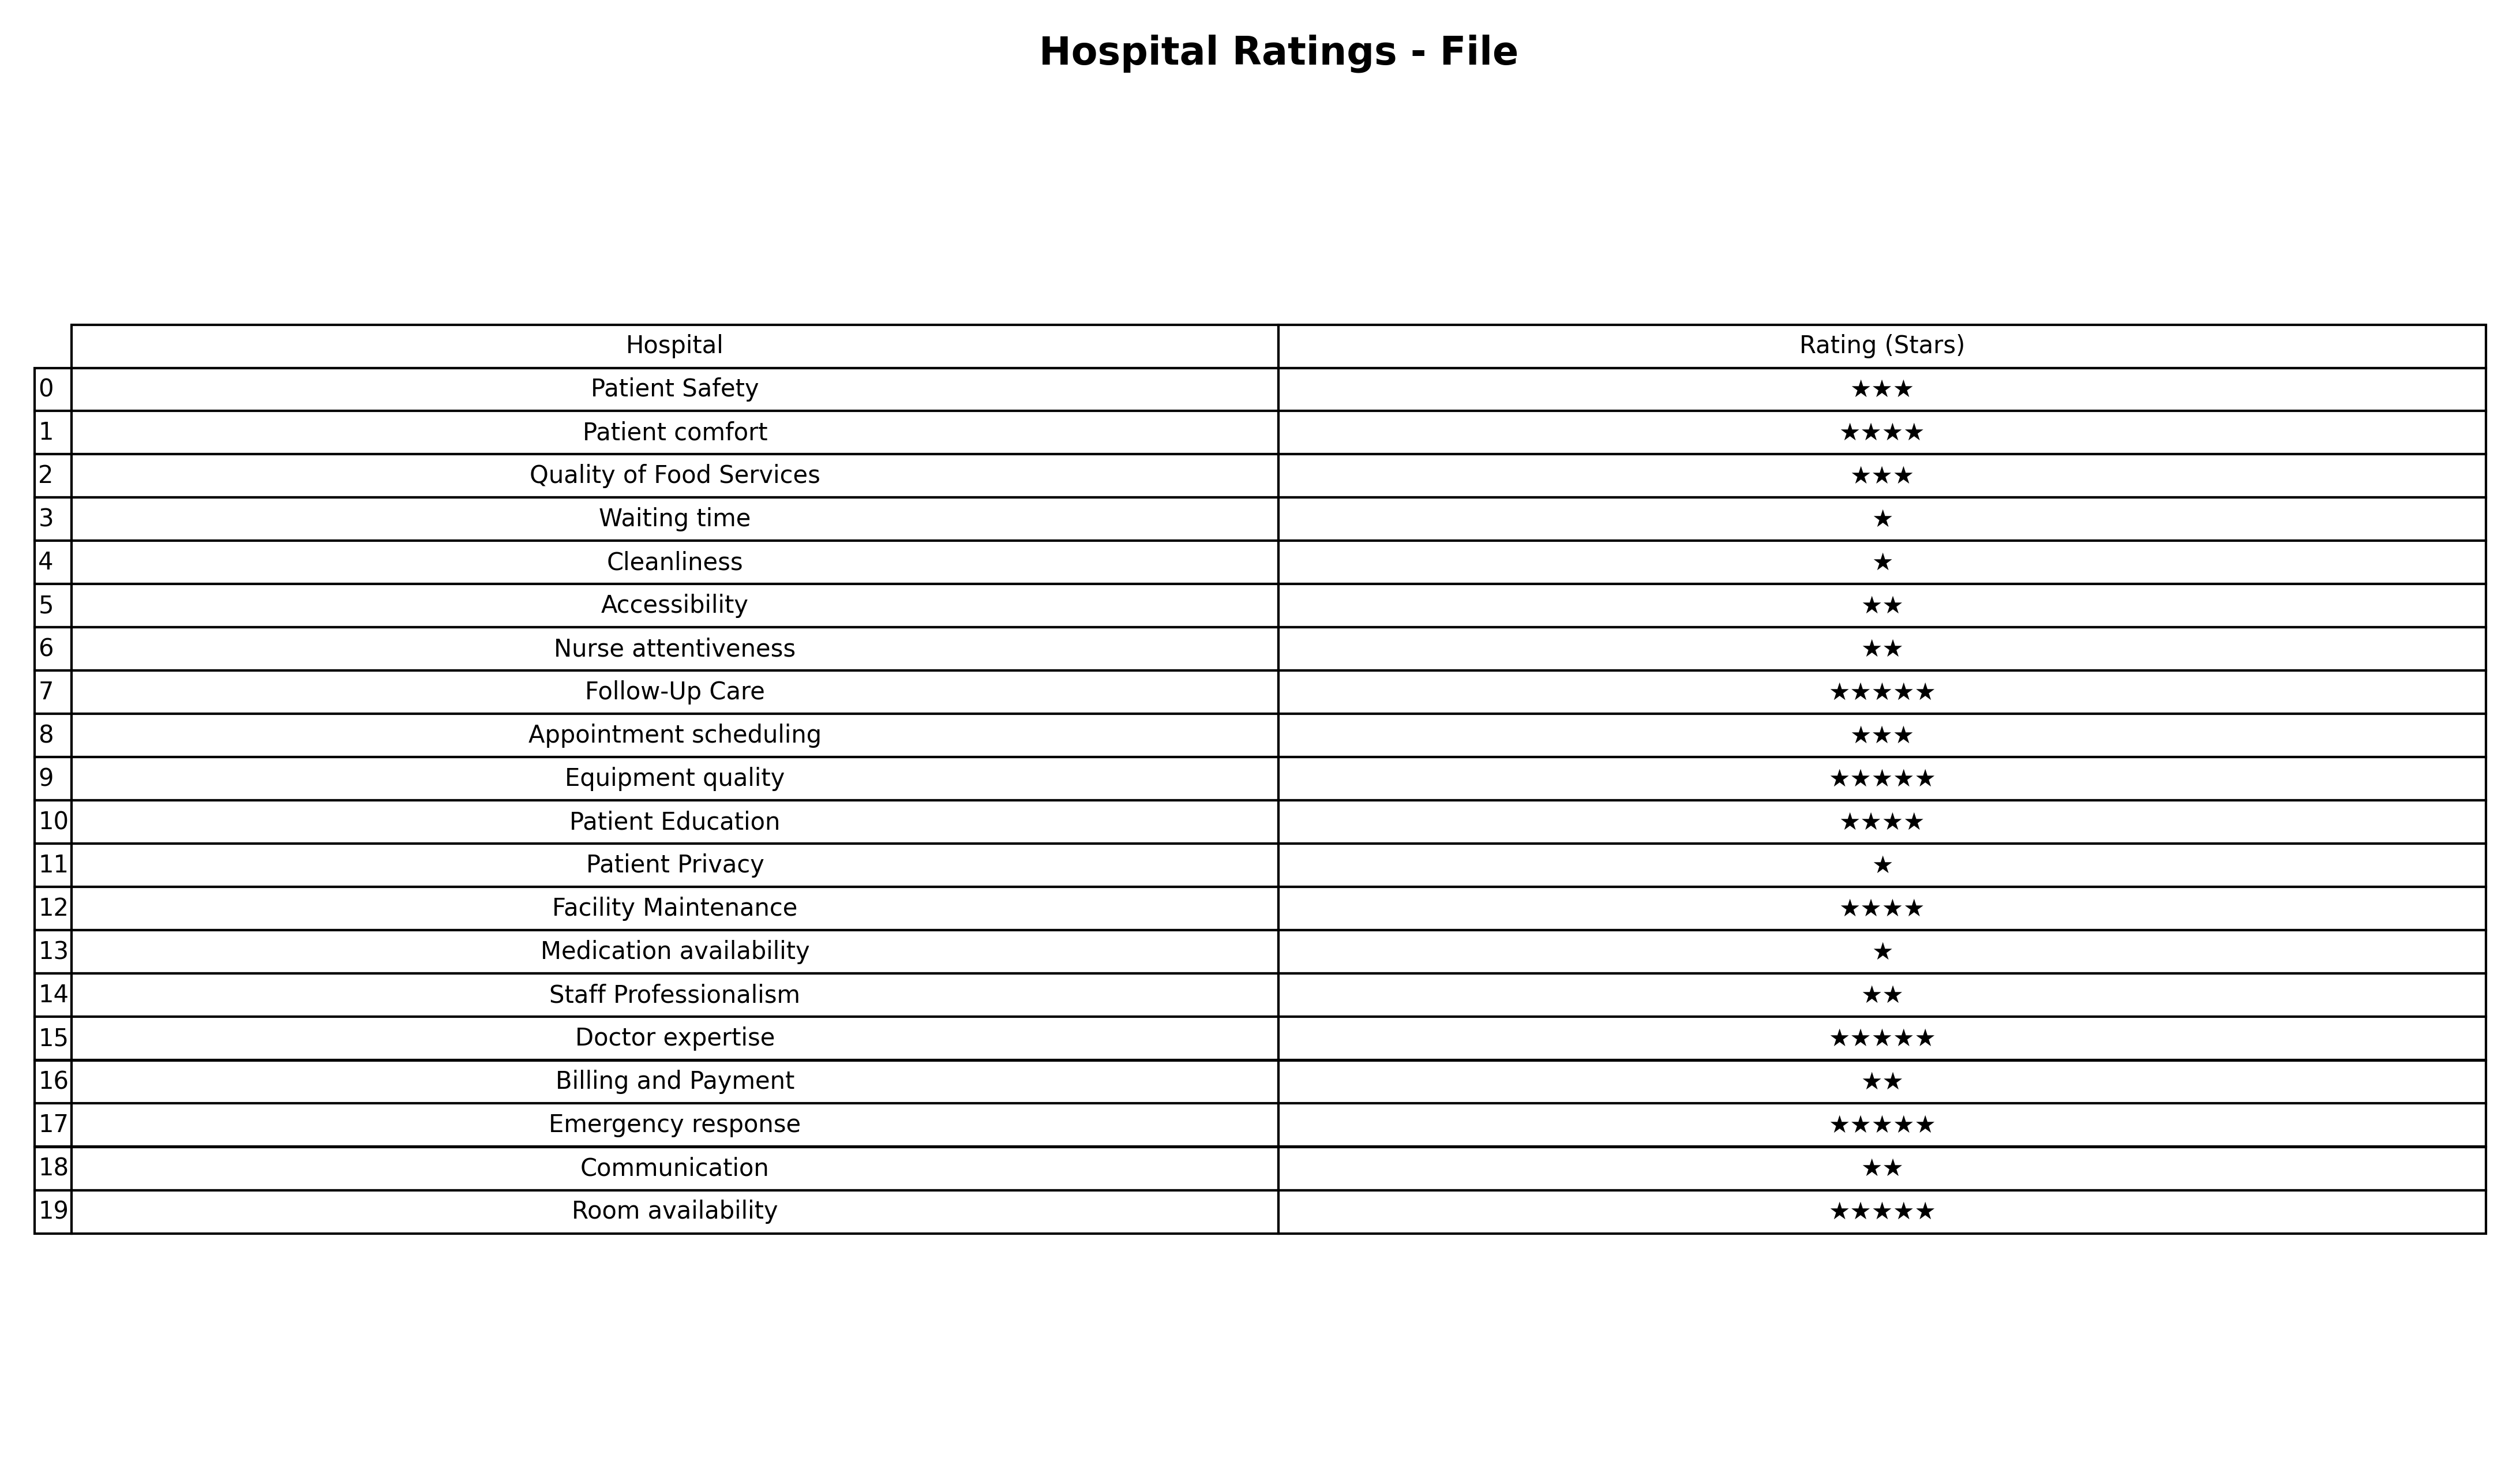
question: What are highest rating services?
answer: Follow-Up CareEquipment qualityDoctor expertiseEmergency responseRoom availability